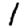
Digit: 1